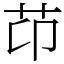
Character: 䒢